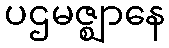
ပဌမဇ္ဈာနေ